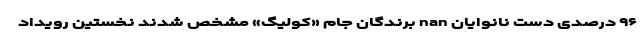
۹۶ درصدی دست نانوایان nan برندگان جام «کولیگ» مشخص شدند نخستین رویداد